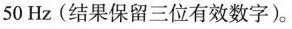
50Hz(结果保留三位有效数字)。